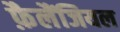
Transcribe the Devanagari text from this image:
फ़ैलैंजियल